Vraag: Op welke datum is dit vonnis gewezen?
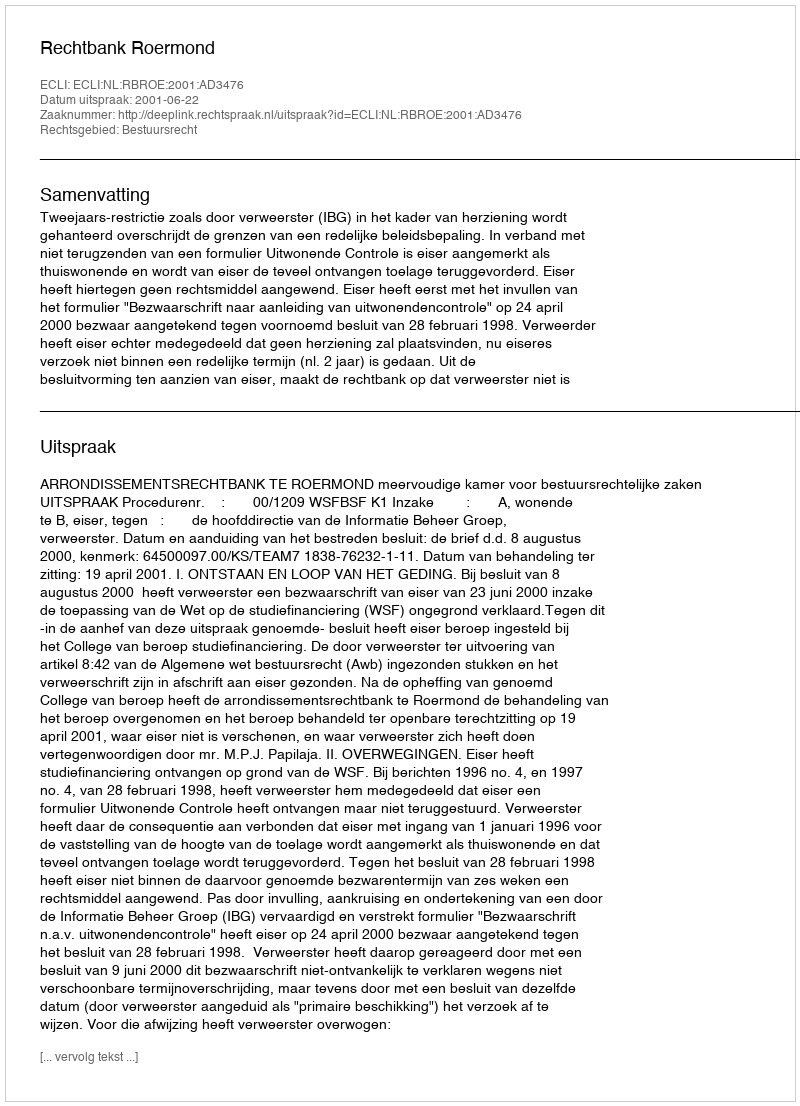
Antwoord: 2001-06-22